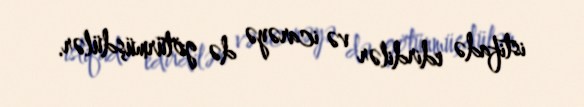
istifadə edirdilər və icarəyə də götürmüşdülər.